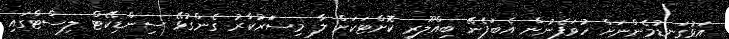
އަޅުގަނޑުމެންނަށް ހުވަފެނުން އެބަފެނޭ ބިއްލޫރި ކޮށްޓަކަށް ލާ މިސަަރުކާރު ގެންގުޅޭ ސިންޑިކޭޓް ލިސްޓްގައި